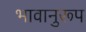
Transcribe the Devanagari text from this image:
भावानुरूप